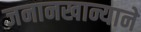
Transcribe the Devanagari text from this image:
जनानखान्याने